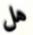
هل